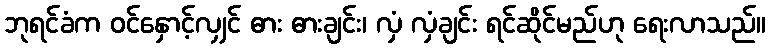
ဘုရင်ခံက ဝင်နှောင့်လျှင် ဓား ဓားချင်း၊ လှံ လှံချင်း ရင်ဆိုင်မည်ဟု ရေးလာသည်။